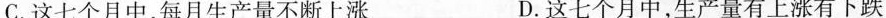
C.这七个月中，每月生产量不断上涨 D.这七个月中，生产量有上涨有下跌